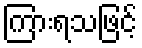
ကြားရသဖြင့်